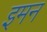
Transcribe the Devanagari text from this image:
इमन